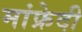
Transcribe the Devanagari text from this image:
मांफ्रेदी